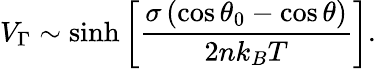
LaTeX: V_{\Gamma}\sim\sinh\left[\frac{\sigma\left(\cos\theta_{0}-\cos\theta\right)}{2nk_{B}T}\right].